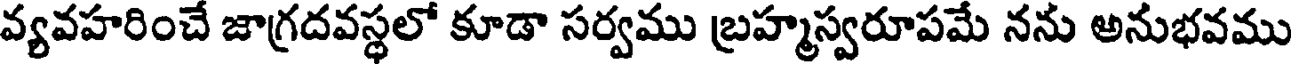
వ్యవహరించే జాగ్రదవస్థలో కూడా సర్వము బ్రహ్మస్వరూపమే నను అనుభవము